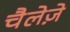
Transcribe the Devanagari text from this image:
चैलेज़े